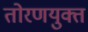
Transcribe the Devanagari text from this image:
तोरणयुक्त